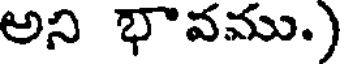
అని భావము.)